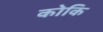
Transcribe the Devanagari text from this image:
कोकि